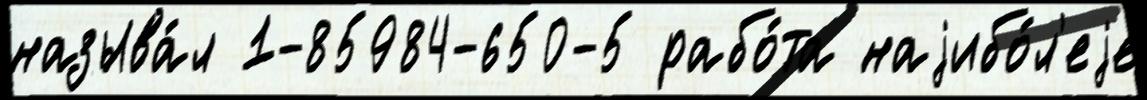
называ́л 1-85984-650-5 рабо́та наjибо́л'еjе